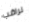
نراقب